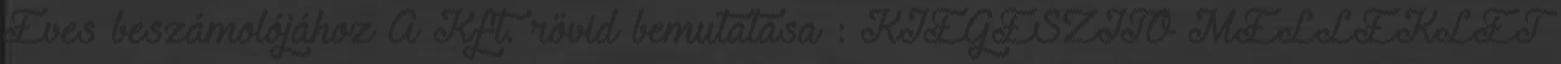
Éves beszámolójához A Kft. rövid bemutatása : KIEGÉSZÍTŐ MELLÉKLET